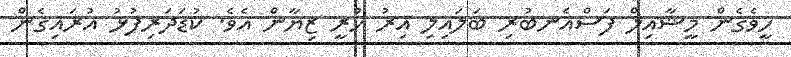
ހީވެގެން މީޝާއިލް ފަސްއެނބުރި ބަލައިލި އިރު ހުރީ ޒިޔާން އެވެ. ކުޑަދަރިފުޅު އުރައިގެން